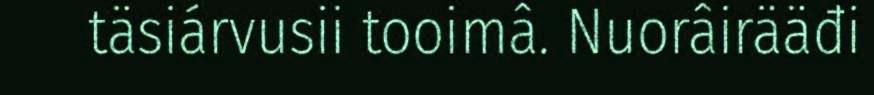
täsiárvusii tooimâ. Nuorâirääđi